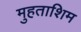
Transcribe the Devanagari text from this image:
मुहताशिम